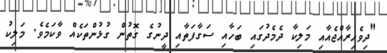
"ދިވެހިރާއްޖެއާއި މަލިކާ ދެމެދުގައި ބަހާއި ސަގާފަތާއި ދީނުގެ ގޮތުން ގުޅުންތަކެއް ވާކަމެވެ. މަލިކު